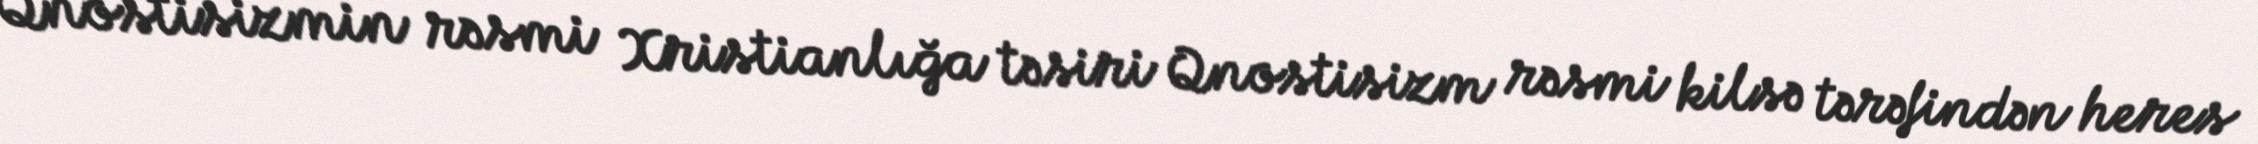
Qnostisizmin rəsmi Xristianlığa təsiri Qnostisizm rəsmi kilsə tərəfindən heres